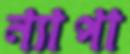
ন্যাপা